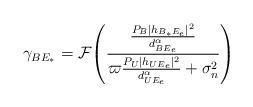
LaTeX: \begin{align*}\gamma_{BE_*}= \mathcal{F}\!\left(\frac{\frac{P_B|h_{B_*E_e}|^2}{d^\alpha_{BE_e}}}{\varpi \frac{P_U|h_{UE_e}|^2}{d^\alpha_{UE_e}}+\sigma_n^2}\right)\end{align*}